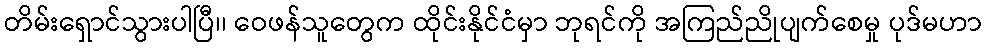
တိမ်းရှောင်သွားပါပြီ၊၊ ဝေဖန်သူတွေက ထိုင်းနိုင်ငံမှာ ဘုရင်ကို အကြည်ညိုပျက်စေမှု ပုဒ်မဟာ